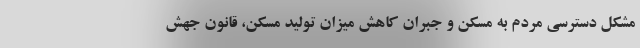
مشکل دسترسی مردم به مسکن و جبران کاهش میزان تولید مسکن، قانون جهش